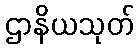
ဌာနိယသုတ်